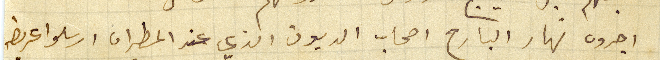
اجروه نهار البارح اصحاب الديون الذي عند المطران ارسلوا عريضه